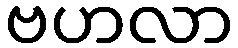
ဗဟလာ